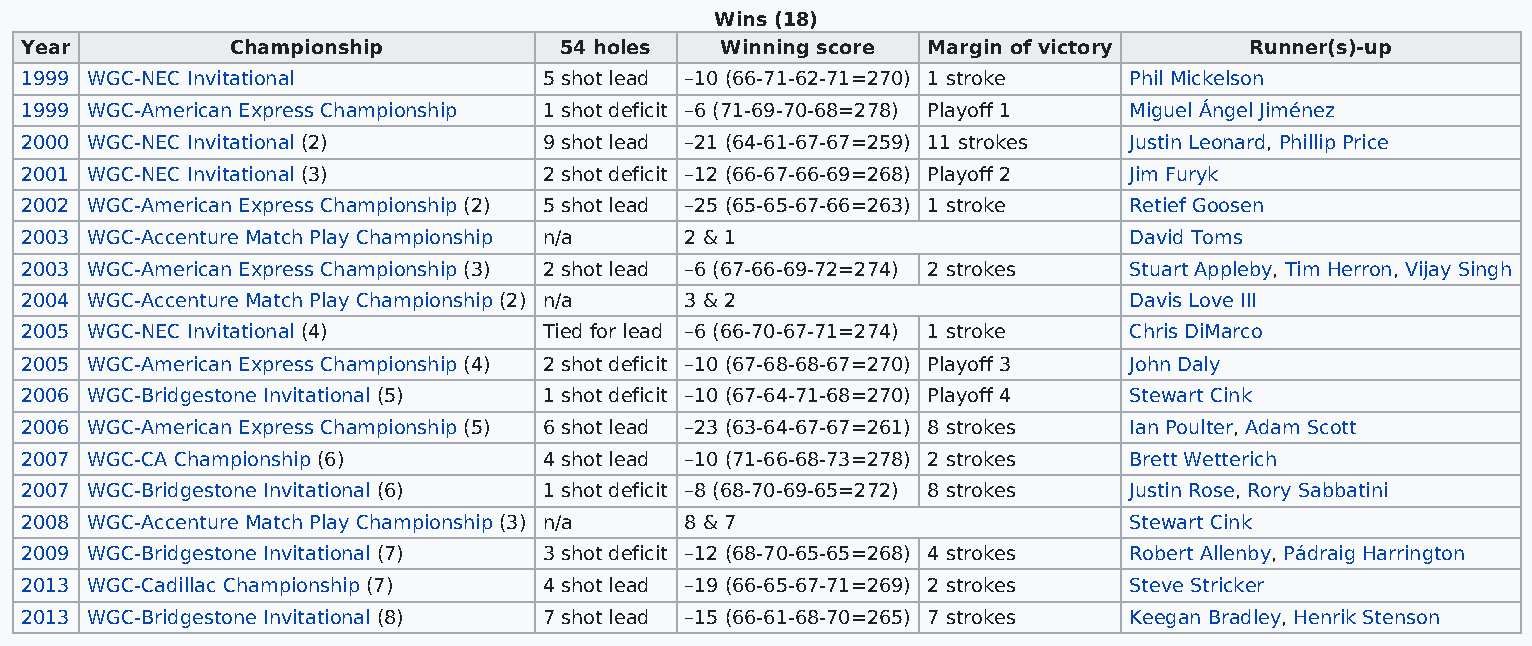
Wins (18)
 Year          Championship          54 holes   Winning score Margin of victory    Runner(s)-up
 1999 WGC-NEC Invitational          5 shot lead –10 (66-71-62-71=270) 1 stroke Phil Mickelson
 1999 WGC-American Express Championship 1 shot deficit –6 (71-69-70-68=278) Playoff 1 Miguel Ángel Jiménez
 2000 WGC-NEC Invitational (2)      9 shot lead –21 (64-61-67-67=259) 11 strokes Justin Leonard, Phillip Price
 2001 WGC-NEC Invitational (3)      2 shot deficit –12 (66-67-66-69=268) Playoff 2 Jim Furyk
 2002 WGC-American Express Championship (2) 5 shot lead –25 (65-65-67-66=263) 1 stroke Retief Goosen
 2003 WGC-Accenture Match Play Championship n/a 2 & 1                      David Toms
 2003 WGC-American Express Championship (3) 2 shot lead –6 (67-66-69-72=274) 2 strokes Stuart Appleby, Tim Herron, Vijay Singh
 2004 WGC-Accenture Match Play Championship (2) n/a 3 & 2                  Davis Love III
 2005 WGC-NEC Invitational (4)      Tied for lead –6 (66-70-67-71=274) 1 stroke Chris DiMarco
 2005 WGC-American Express Championship (4) 2 shot deficit –10 (67-68-68-67=270) Playoff 3 John Daly
 2006 WGC-Bridgestone Invitational (5) 1 shot deficit –10 (67-64-71-68=270) Playoff 4 Stewart Cink
 2006 WGC-American Express Championship (5) 6 shot lead –23 (63-64-67-67=261) 8 strokes Ian Poulter, Adam Scott
 2007 WGC-CA Championship (6)       4 shot lead –10 (71-66-68-73=278) 2 strokes Brett Wetterich
 2007 WGC-Bridgestone Invitational (6) 1 shot deficit –8 (68-70-69-65=272) 8 strokes Justin Rose, Rory Sabbatini
 2008 WGC-Accenture Match Play Championship (3) n/a 8 & 7                  Stewart Cink
 2009 WGC-Bridgestone Invitational (7) 3 shot deficit –12 (68-70-65-65=268) 4 strokes Robert Allenby, Pádraig Harrington
 2013 WGC-Cadillac Championship (7) 4 shot lead –19 (66-65-67-71=269) 2 strokes Steve Stricker
 2013 WGC-Bridgestone Invitational (8) 7 shot lead –15 (66-61-68-70=265) 7 strokes Keegan Bradley, Henrik Stenson